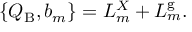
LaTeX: \{ Q _ { \mathrm { B } } , b _ { m } \} = L _ { m } ^ { X } + L _ { m } ^ { \mathrm { g } } .